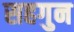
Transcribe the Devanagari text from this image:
सहगुन